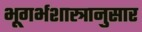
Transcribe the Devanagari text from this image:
भूगर्भशास्त्रानुसार